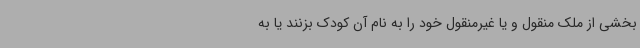
بخشی از ملک منقول و یا غیرمنقول خود را به نام آن کودک بزنند یا به